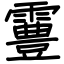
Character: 霻